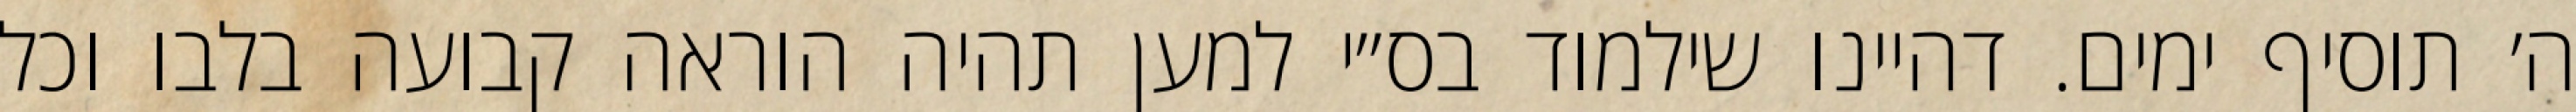
ה׳ תוסיף ימים. דהיינו שילמוד בס״י למען תהיה הוראה קבועה בלבו וכל